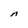
Character: n